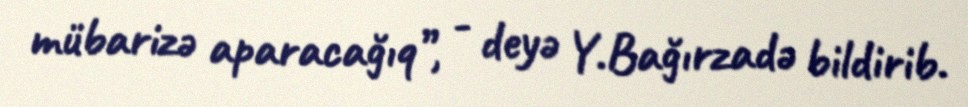
mübarizə aparacağıq”, - deyə Y.Bağırzadə bildirib.